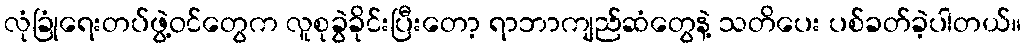
လုံခြုံရေးတပ်ဖွဲ့ဝင်တွေက လူစုခွဲခိုင်းပြီးတော့ ရာဘာကျည်ဆံတွေနဲ့ သတိပေး ပစ်ခတ်ခဲ့ပါတယ်။